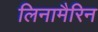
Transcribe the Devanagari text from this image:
लिनामैरिन